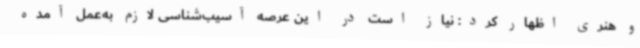
و هنری اظهار کرد: نیاز است در این عرصه آسیب‌شناسی لازم به‌عمل آمده